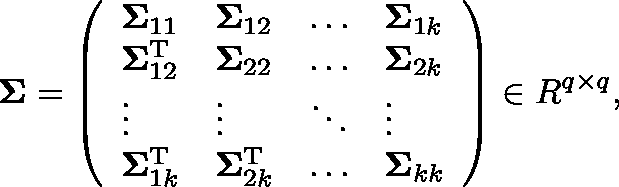
\mathbf { \Sigma } = \left( \begin{array} { l l l l } { \mathbf { \Sigma } _ { 1 1 } } & { \mathbf { \Sigma } _ { 1 2 } } & { \dots } & { \mathbf { \Sigma } _ { 1 k } } \\ { \mathbf { \Sigma } _ { 1 2 } ^ { \mathrm { T } } } & { \mathbf { \Sigma } _ { 2 2 } } & { \dots } & { \mathbf { \Sigma } _ { 2 k } } \\ { \vdots } & { \vdots } & { \ddots } & { \vdots } \\ { \mathbf { \Sigma } _ { 1 k } ^ { \mathrm { T } } } & { \mathbf { \Sigma } _ { 2 k } ^ { \mathrm { T } } } & { \dots } & { \mathbf { \Sigma } _ { k k } } \end{array} \right) \in \mathbb { R } ^ { q \times q } ,